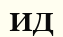
ИД